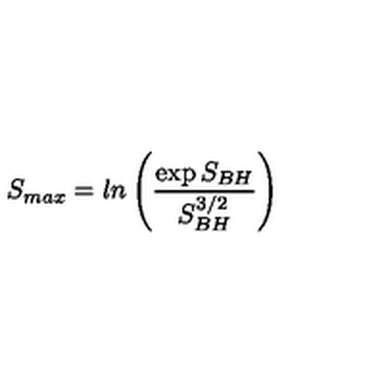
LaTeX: S _ { m a x } = l n \left( { \frac { \exp { S _ { B H } } } { S _ { B H } ^ { 3 / 2 } } } \right) ~